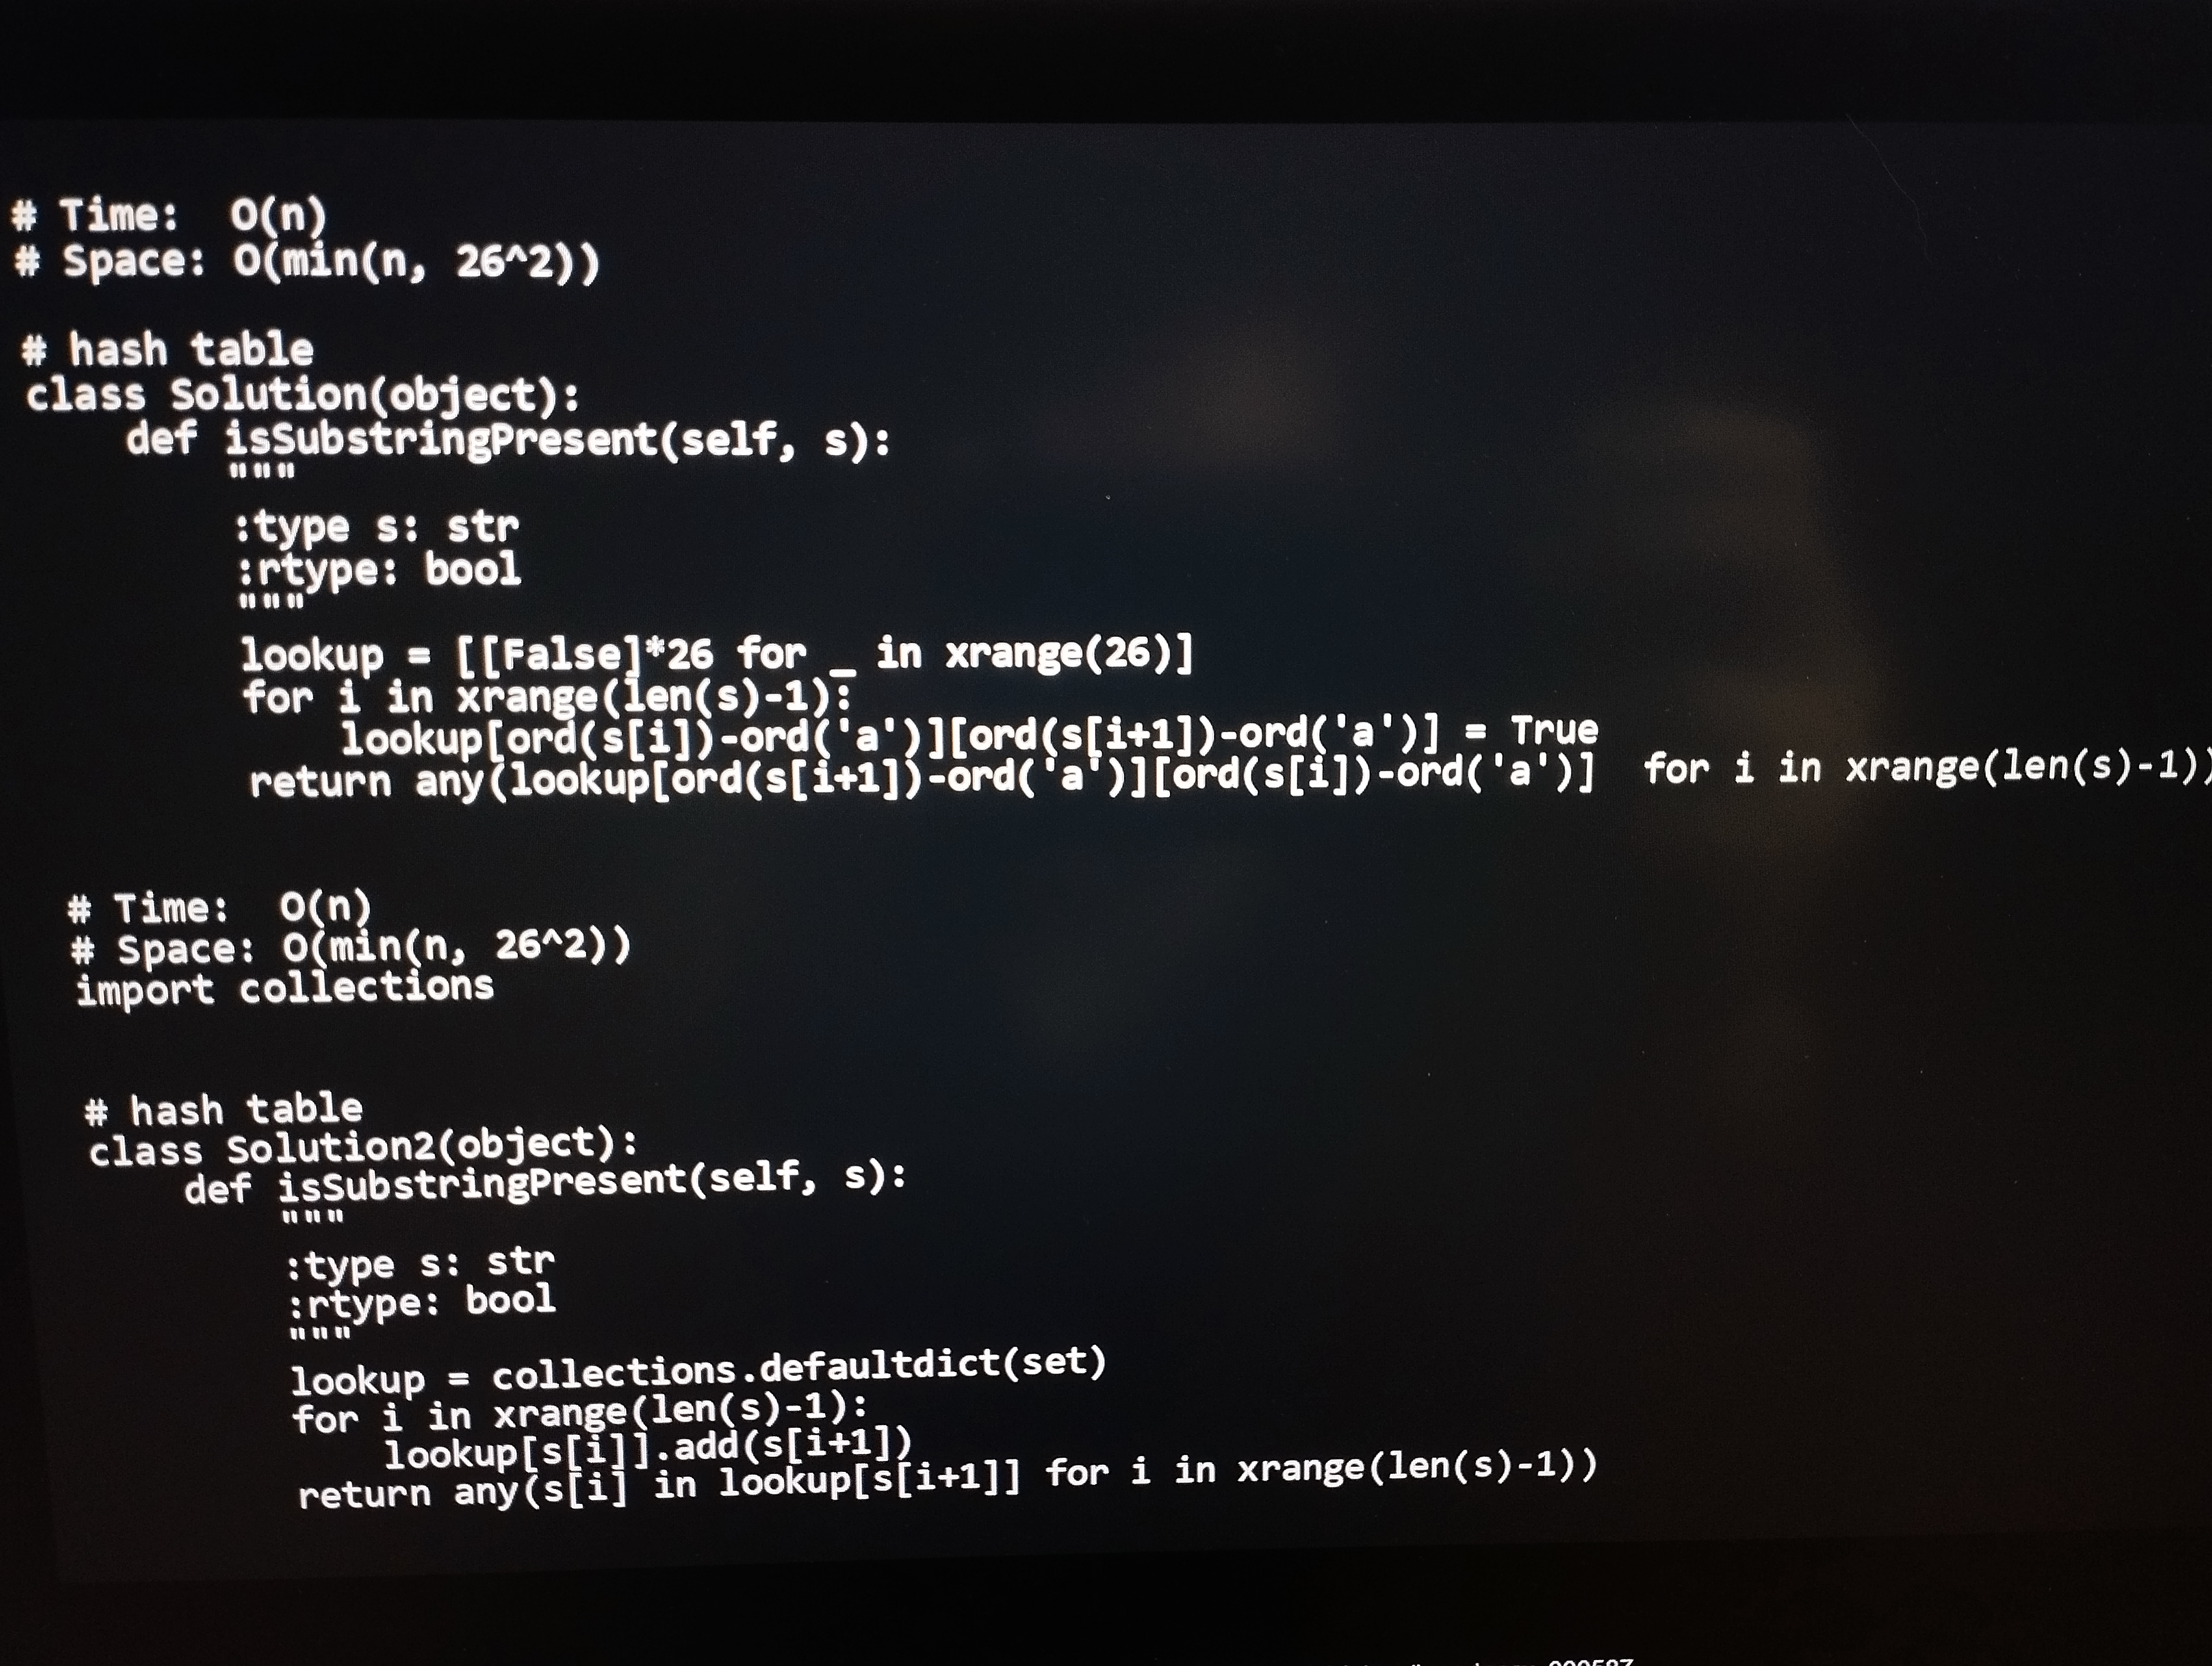
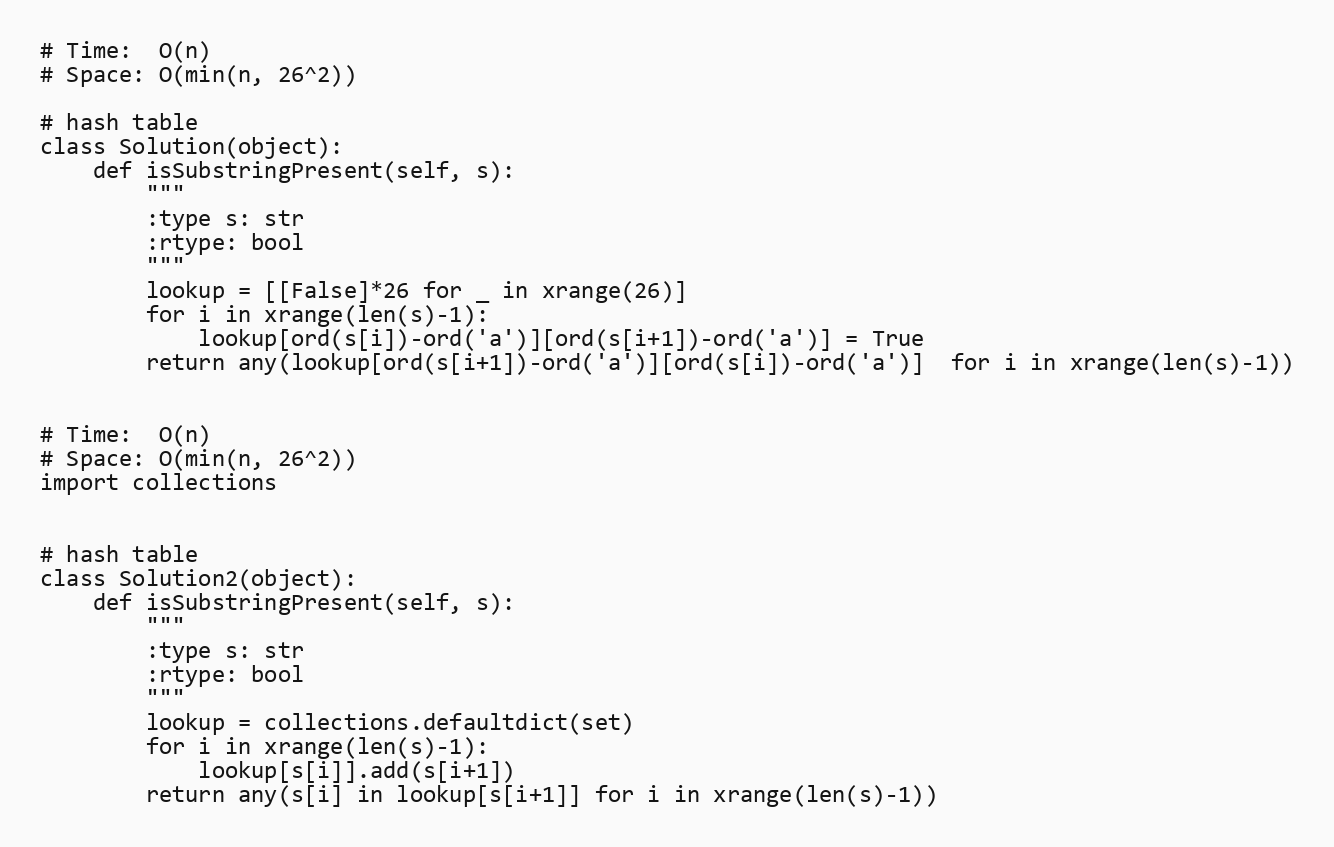
# Time:  O(n)
# Space: O(min(n, 26^2))

# hash table
class Solution(object):
    def isSubstringPresent(self, s):
        """
        :type s: str
        :rtype: bool
        """
        lookup = [[False]*26 for _ in xrange(26)]
        for i in xrange(len(s)-1):
            lookup[ord(s[i])-ord('a')][ord(s[i+1])-ord('a')] = True
        return any(lookup[ord(s[i+1])-ord('a')][ord(s[i])-ord('a')]  for i in xrange(len(s)-1))

# Time:  O(n)
# Space: O(min(n, 26^2))
import collections

# hash table
class Solution2(object):
    def isSubstringPresent(self, s):
        """
        :type s: str
        :rtype: bool
        """
        lookup = collections.defaultdict(set)
        for i in xrange(len(s)-1):
            lookup[s[i]].add(s[i+1])
        return any(s[i] in lookup[s[i+1]] for i in xrange(len(s)-1))